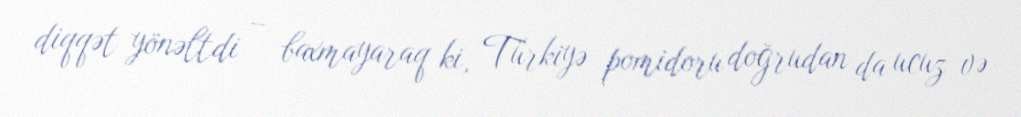
diqqət yönəltdi – baxmayaraq ki, Türkiyə pomidoru doğrudan da ucuz və